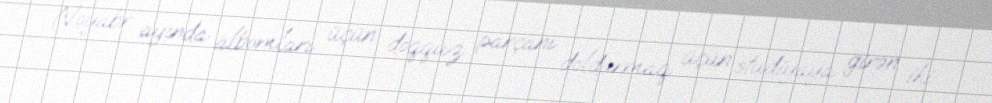
Noyabr ayında albomları üçün doqquz parçanı doldurmaq üçün studiyaya girən iki